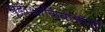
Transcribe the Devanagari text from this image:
सूडोआर्कियोलॉजी